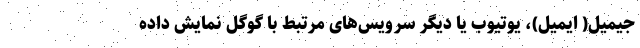
جیمیل( ایمیل)، یوتیوب یا دیگر سرویس‌های مرتبط با گوگل نمایش داده‌